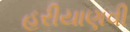
હરીયાણવી